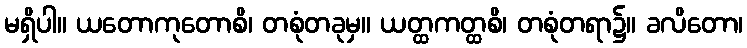
မရှိပါ။ ယတောကုတောစိ၊ တစုံတခုမှ။ ယတ္ထကတ္ထစိ၊ တစုံတရာ၌။ ခလိတော၊